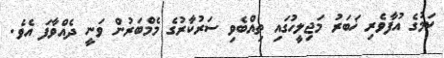
ކަމުގެ އުފާވެރި ޚަބަރު މަޖިލީހުގައި ތިއްބެވި ސަރުކާރުގެ މެމްބަރުން ވަނީ ދެއްވާފަ އެވެ.